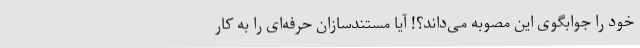
خود را جوابگوی این مصوبه می‌داند؟! آیا مستندسازان حرفه‌ای را به کار